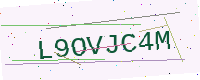
Text: L9OVJC4M